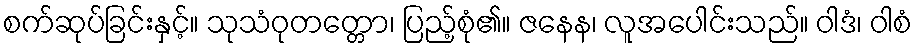
စက်ဆုပ်ခြင်းနှင့်။ သုသံဝုတတ္တော၊ ပြည့်စုံ၏။ ဇနေန၊ လူအပေါင်းသည်။ ဝါဒံ၊ ဝါစံ